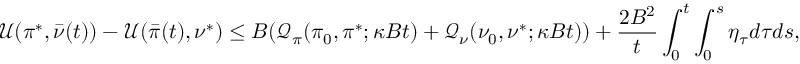
\mathcal { U } ( \pi ^ { * } , \bar { \nu } ( t ) ) - \mathcal { U } ( \bar { \pi } ( t ) , \nu ^ { * } ) \leq B ( \mathcal Q _ { \pi } ( \pi _ { 0 } , \pi ^ { * } ; \kappa B t ) + \mathcal Q _ { \nu } ( \nu _ { 0 } , \nu ^ { * } ; \kappa B t ) ) + \frac { 2 B ^ { 2 } } { t } \int _ { 0 } ^ { t } \int _ { 0 } ^ { s } \eta _ { \tau \normalcolor } d \tau d s ,